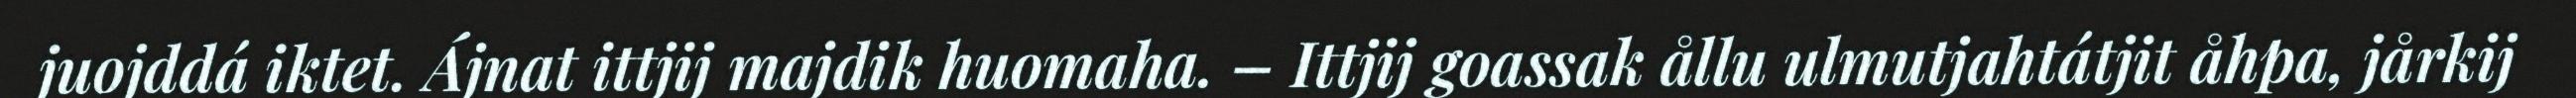
juojddá iktet. Ájnat ittjij majdik huomaha. – Ittjij goassak ållu ulmutjahtátjit åhpa, jårkij